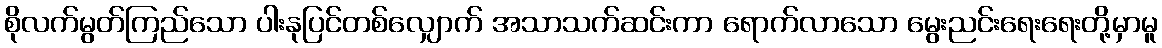
စိုလက်မွတ်ကြည်သော ပါးနုပြင်တစ်လျှောက် အသာသက်ဆင်းကာ ရောက်လာသော မွေးညင်းရေးရေးတို့မှာမူ